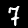
Label: 7